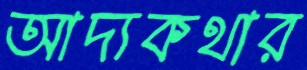
আদ্যকথার